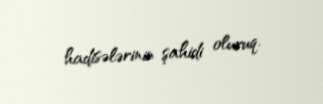
hadisələrinin şahidi oluruq.